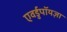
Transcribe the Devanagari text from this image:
एवर्डुपॉयज़ा